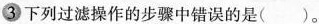
3 下列过滤操作的步骤中错误的是（